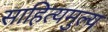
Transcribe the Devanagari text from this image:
साहित्यमुल्य